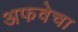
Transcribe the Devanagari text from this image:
अफवेचा